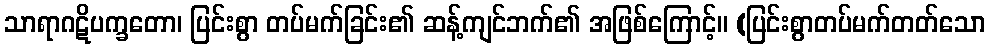
သာရာဂဋိပက္ခတော၊ ပြင်းစွာ တပ်မက်ခြင်း၏ ဆန့်ကျင်ဘက်၏ အဖြစ်ကြောင့်။ (ပြင်းစွာတပ်မက်တတ်သော